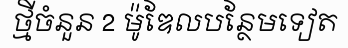
ថ្មីចំនួន 2 ម៉ូឌែលបន្ថែមទៀត